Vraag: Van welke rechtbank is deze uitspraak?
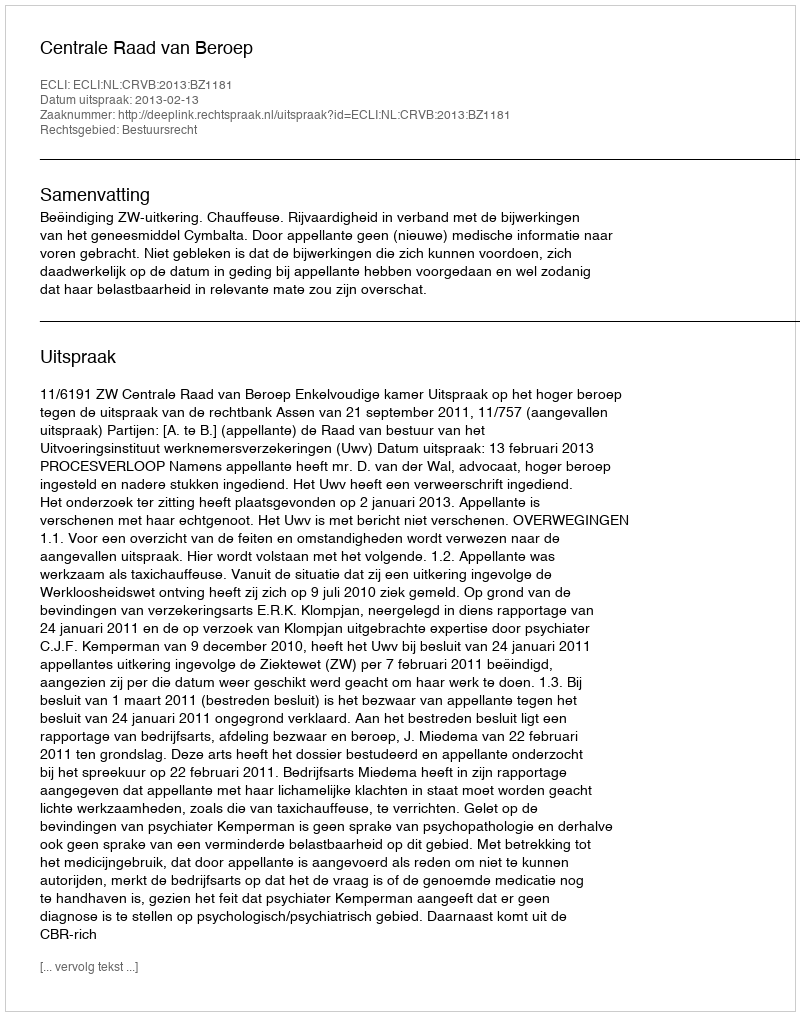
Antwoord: Centrale Raad van Beroep